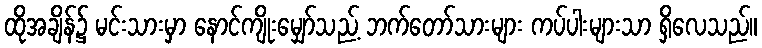
ထိုအချိန်၌ မင်းသားမှာ နောင်ကျိုးမျှော်သည့် ဘက်တော်သားများ ကပ်ပါးများသာ ရှိလေသည်။